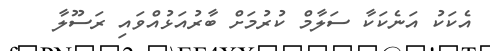
އެކަކު އަނެކަކާ ސަލާމް ކުރުމަށް ބާރުއަޅުއްވައި ރަސޫލާ